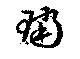
璫